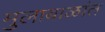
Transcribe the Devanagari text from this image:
मुलाबाळांत